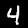
Label: 4